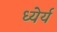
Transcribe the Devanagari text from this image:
ध्येर्य